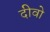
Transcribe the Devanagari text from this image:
दीवो